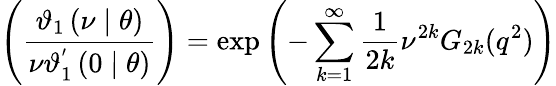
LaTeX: \left(\frac{\mathcal{\vartheta}_{1}\left(\nu\mid\theta\right)}{\nu\mathcal{\vartheta}_{1}^{^{\prime}}\left(0\mid\theta\right)}\right)=\exp\left(-\sum_{k=1}^{\infty}\frac{1}{2k}\nu^{2k}G_{2k}(q^{2})\right)